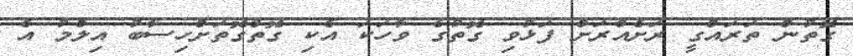
ގޮތުން ތަރައްގީ ރަށެއްރަށް ފަޅުވި ގޮތުގެ ވާހަކަ އެކި ގޮތްގޮތަށްހިސާބު އިލްމު އެ